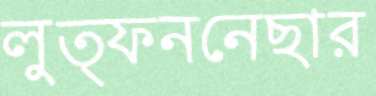
লুত্ফননেছার